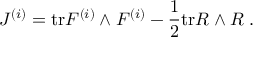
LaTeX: J ^ { ( i ) } = \mathrm { t r } F ^ { ( i ) } \wedge F ^ { ( i ) } - \frac { 1 } { 2 } \mathrm { t r } R \wedge R \; .